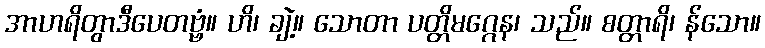
အာဟရိတွာဒီပေတဗ္ဗံ။ ဟိ၊ ချဲ့။ သောတာ ပတ္တိမဂ္ဂေန၊ သည်။ စတ္တာရိ၊ န်သော။